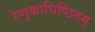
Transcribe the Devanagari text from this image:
रेणुकाधिष्ठितम्‌